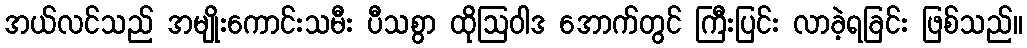
အယ်လင်သည် အမျိုးကောင်းသမီး ပီသစွာ ထိုဩဝါဒ အောက်တွင် ကြီးပြင်း လာခဲ့ရခြင်း ဖြစ်သည်။